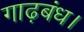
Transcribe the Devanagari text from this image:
गाढ़बंध।